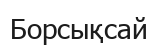
Борсықсай